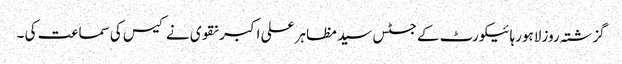
گزشتہ روز لاہورہائیکورٹ کے جسٹس سید مظاہر علی اکبر نقوی نے کیس کی سماعت کی ۔